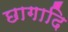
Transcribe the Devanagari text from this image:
छागादि